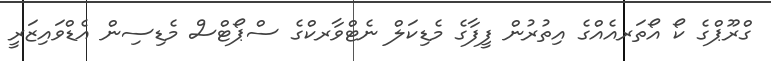
ގްރޫޕްގެ ކޯ އޯތަރއެއްގެ އިތުރުން ފީފާގެ މެޑިކަލް ނެޓްވާރކްގެ ސްޕޯޓްސް މެޑިސިން އެޑްވައިޒަރީ